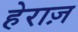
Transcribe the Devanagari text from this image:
हेराज़